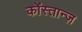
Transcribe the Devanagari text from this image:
कोंस्तान्ज़